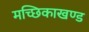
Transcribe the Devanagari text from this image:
मच्छिकाखण्ड